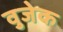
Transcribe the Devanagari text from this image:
वुजेक